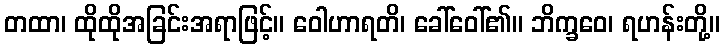
တထာ၊ ထိုထိုအခြင်းအရာဖြင့်။ ဝေါဟာရတိ၊ ခေါ်ဝေါ်၏။ ဘိက္ခဝေ၊ ရဟန်းတို့။